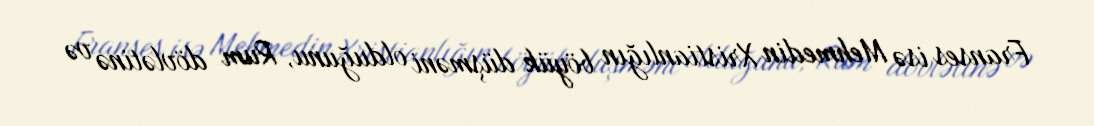
Franses isə Mehmedin Xristianlığın böyük düşməni olduğunu, Rum dövlətinə və